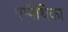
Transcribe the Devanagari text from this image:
एम्पैथिका